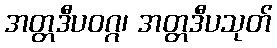
အတ္တဒီပဝဂ္ဂ၊ အတ္တဒီပသုတ်